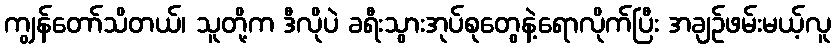
ကျွန်တော်သိတယ်၊ သူတို့က ဒီလိုပဲ ခရီးသွားအုပ်စုတွေနဲ့ရောလိုက်ပြီး အချဉ်ဖမ်းမယ့်လူ